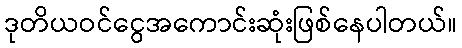
ဒုတိယဝင်ငွေအကောင်းဆုံးဖြစ်နေပါတယ်။